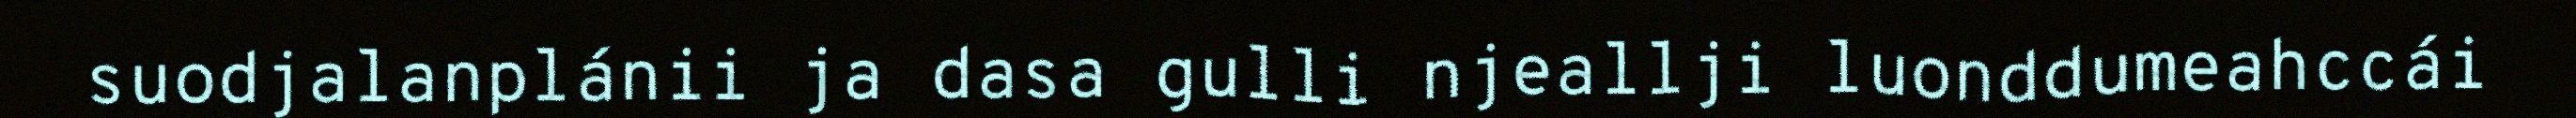
suodjalanplánii ja dasa gulli njeallji luonddumeahccái